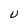
Character: U